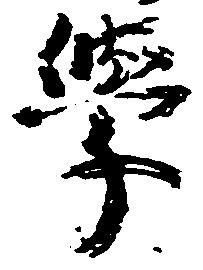
学